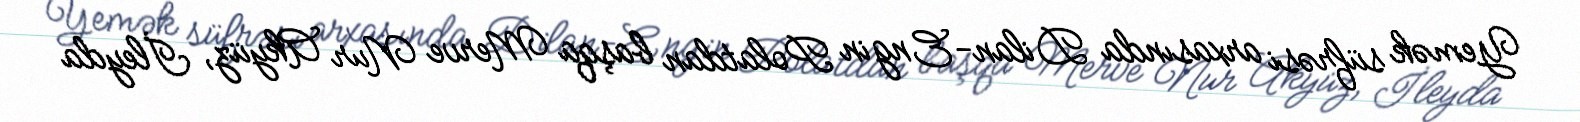
Yemək süfrəsi arxasında Dilan-Engin Polatdan başqa Merve Nur Akyüz, İleyda